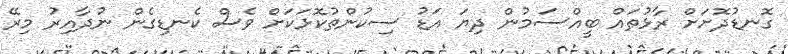
ގޮނޑުދޮށަށް ރާޅުތައް ބީއްސަމުން ދިޔަ އަޑު ސިކުންތުކޮޅަކަށް ވެސް ކެނޑިގެން ނުދާއިރު މިރޭ